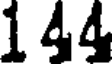
144